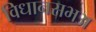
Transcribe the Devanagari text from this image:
विधानसभअ